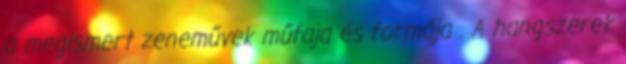
a megismert zeneművek műfaja és formája . A hangszerek